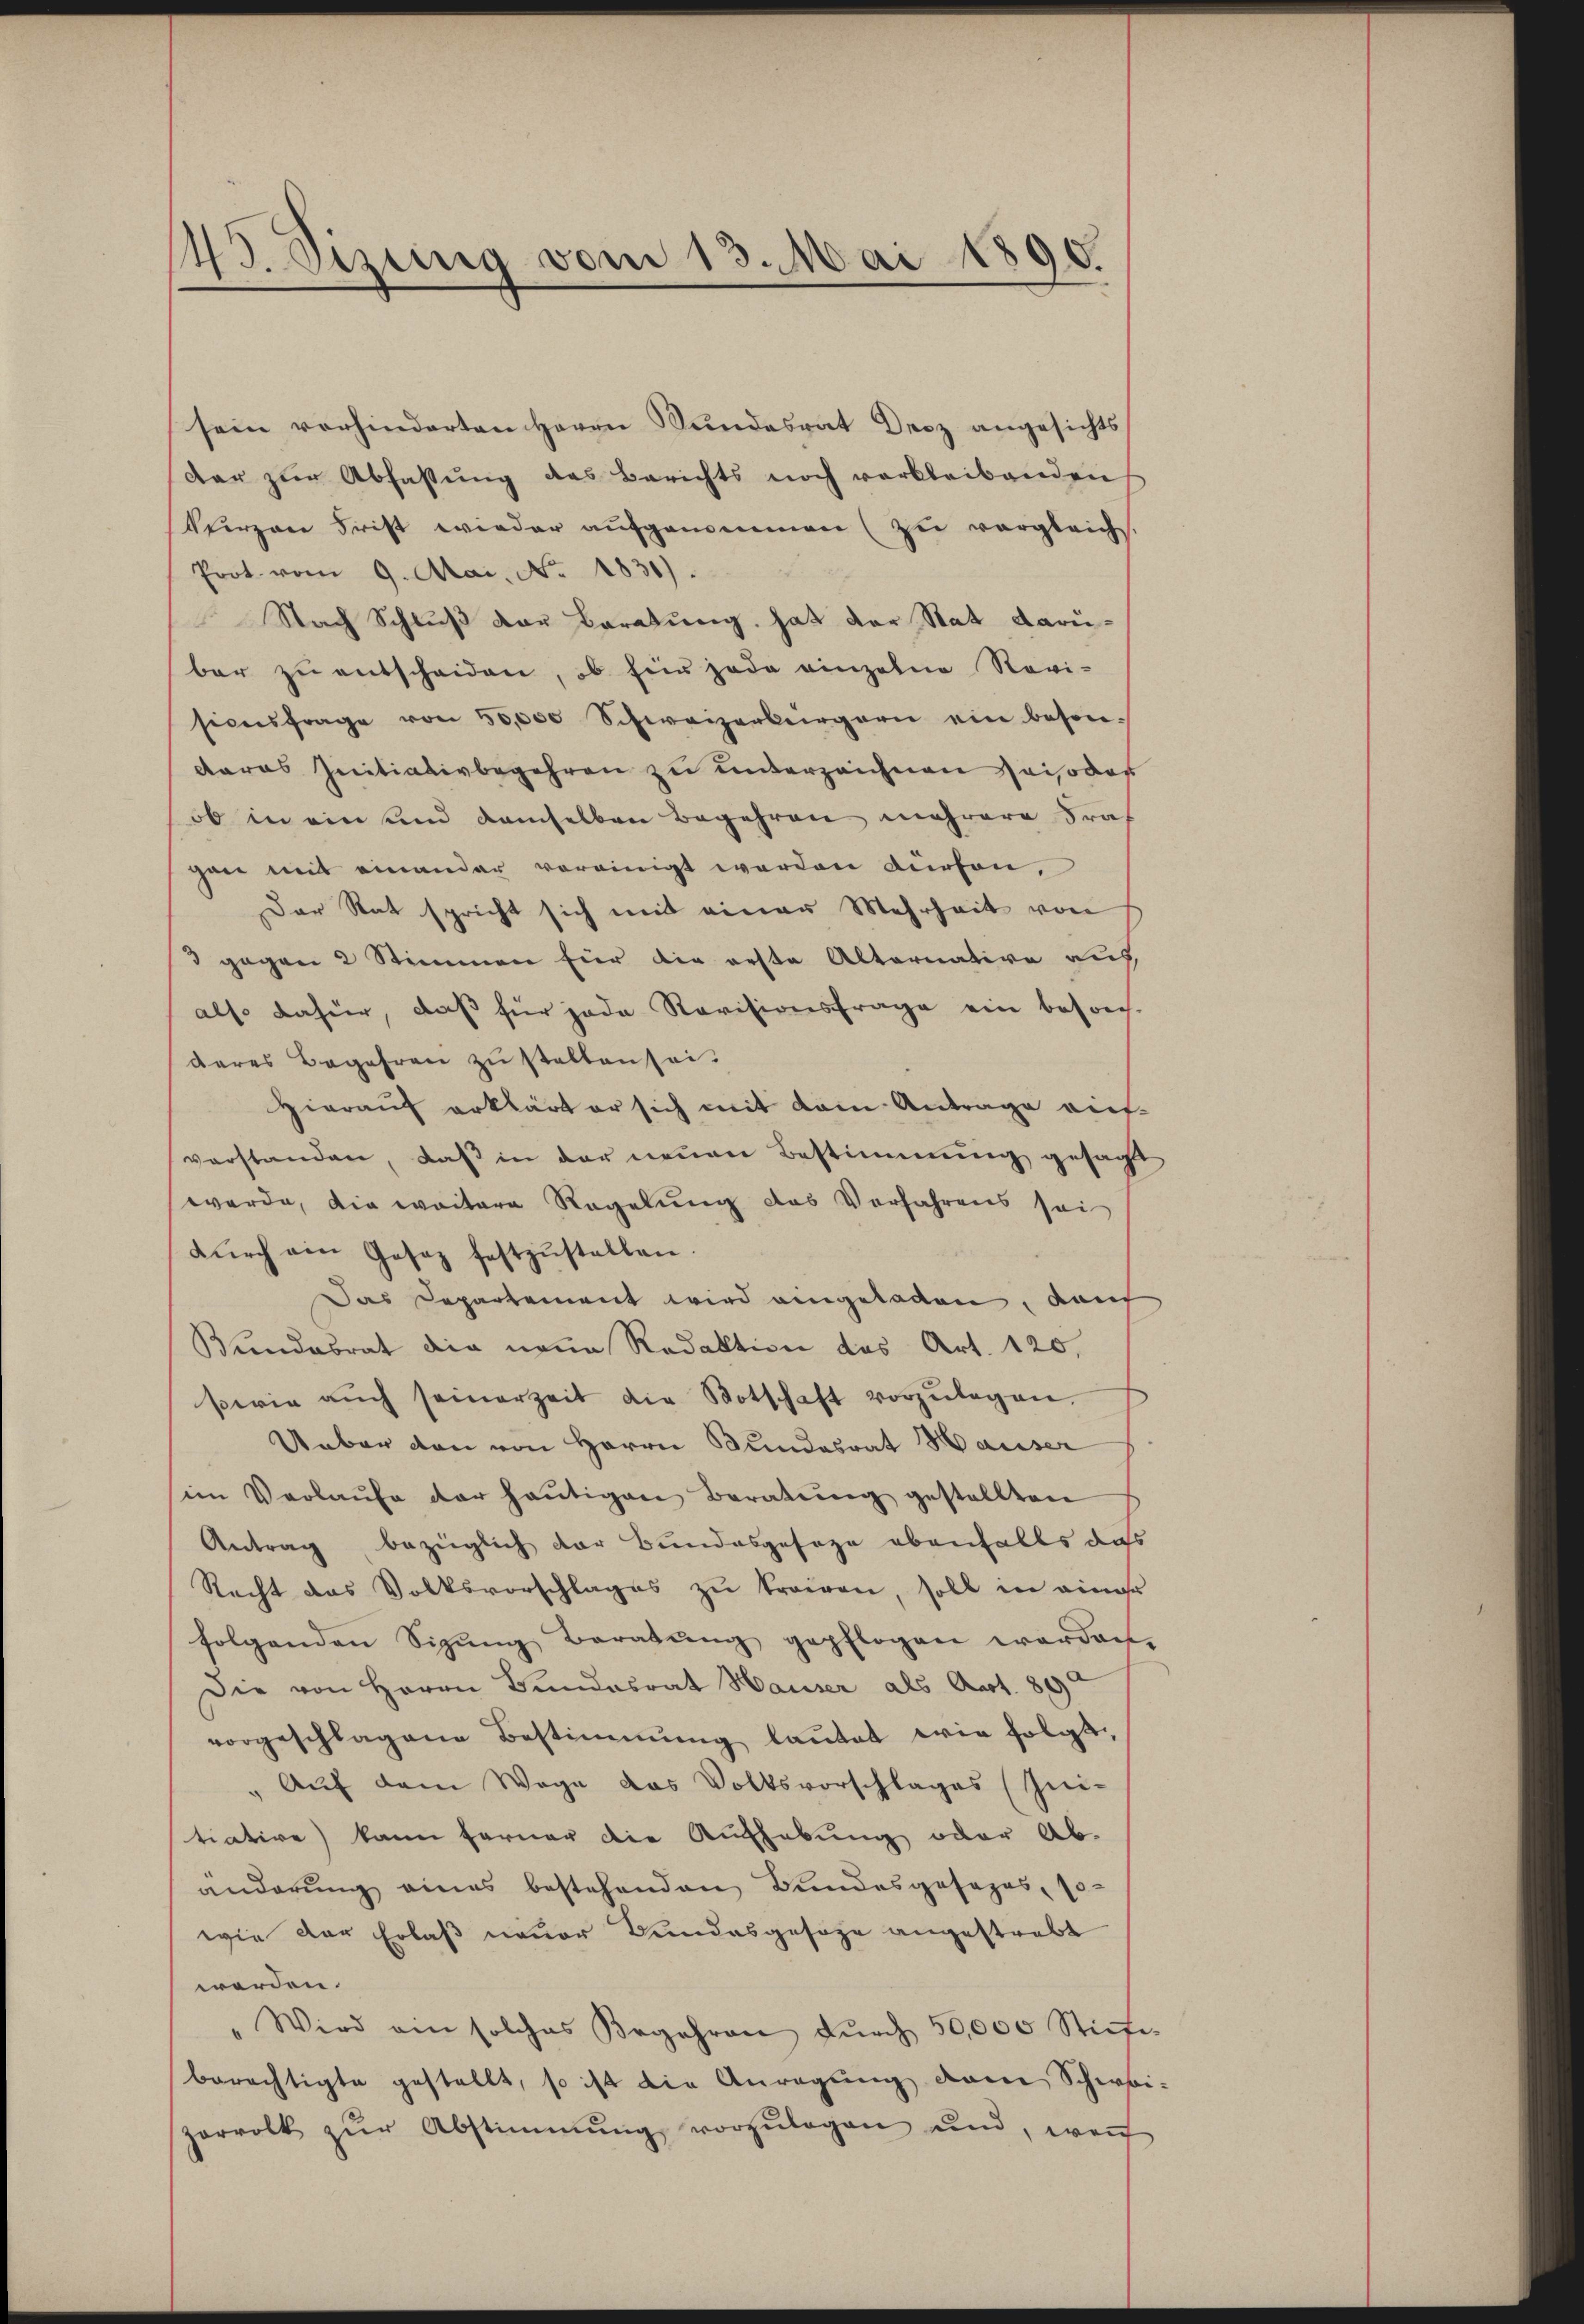
43. Sizung vom 13. Mai 1890.

sein vorhinderten Herrn Sundesrat Decz angesichts
dar zur Abfassung des Berichts noch verbleibenden
Verzen Frist wieder aufgenommen (zu vergleich
Prot. vom 9. Mai, No. 1830).
Nach Schlŭβ der Beratung, hat der Stat darübar zu entscheiden, ob für jede einzelne Novi-
sicusfrage von 50,000 Schweizerbürgern ein beson-
caras Initiativbegehren zu unterzeichnen Spisodos
ob in ein und demselben Begehren mehrere Fragane mit einander vereinigt werden dürfen,
Der Rat spricht sich mit einer Mehrheit von
3 gegen 2 Stimmen für die erste Alternative auf
also dahier, daß für jede Revisionsfrage ein besorg-
deres Begehren zu stellen sei.
Hierauf erklärt er sich mit dem Antrage einverstanden, daß in der neuen Bestimmung gesagte
werde, die weitere Regelung das Verfahrens sei
dŭrch ein Gesez festzŭstellen.
Das Departement wird eingeladen, dah
Bundesrat die neue Redaktion des Art. 120,
sowie aŭch seinerzeit die Botschaft vorzŭlegen.
Ueber den von Herrn Bundesrat Hauser
sein Verlaŭfe der heŭtigen Beratŭng gestellten
Antrag bezüglich der Bundesgesage ebenfalls daß
Recht das Volksvorschlages zu trairen, soll in einer
folgenden Sizŭng Beratŭng gepflogen werden.
Die von Herrn Bundesrat Hauser als Aart. 89
vorgeschlagene Bestimmung lautet wir folgt.
Auf dem Wege das Volksvorschlages (Ini-
tiative) kann ferner die Aufhebung oder Ab-
änderung eines bestehenden Bundesgesages, so-
wie der Erlaß neuer Bundesgesage angestrebt
werden.
" Wird am solches Begehren dŭrch 50,000 Stiefe
berechtigte gestellt, so ist die Anregŭng vom Schwei-
zarvolk zŭr Abstimmung vorzŭlegen und, weṅ